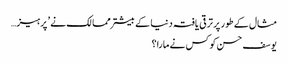
مثال کے طور پر ترقی یافتہ دنیا کے بیشتر ممالک نے ’ پرہیز…
یوسف حسن کو کس نے مارا؟